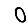
Digit: 0